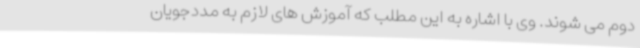
دوم می شوند. وی با اشاره به این مطلب که آموزش های لازم به مددجویان